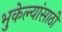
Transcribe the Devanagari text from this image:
भुकेल्यांसाठी